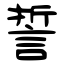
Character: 誓